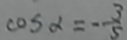
\cos \alpha = - \frac { 3 } { 5 }